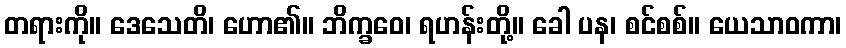
တရားကို။ ဒေသေတိ၊ ဟော၏။ ဘိက္ခဝေ၊ ရဟန်းတို့။ ခေါ ပန၊ စင်စစ်။ ယေသာဝကာ၊